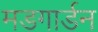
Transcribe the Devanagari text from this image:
मडगार्डन